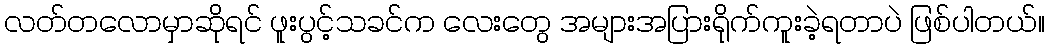
လတ်တလောမှာဆိုရင် ဖူးပွင့်သခင်က လေးတွေ အများအပြားရိုက်ကူးခဲ့ရတာပဲ ဖြစ်ပါတယ်။